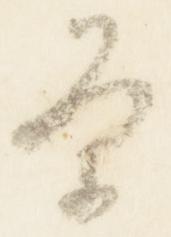
条